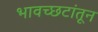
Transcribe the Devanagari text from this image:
भावच्छटांतून